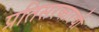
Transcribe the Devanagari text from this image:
प्रतिसरकारची